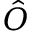
\hat { O }